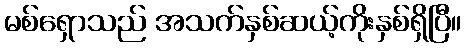
မစ်ရှောသည် အသက်နှစ်ဆယ့်ကိုးနှစ်ရှိပြီ။